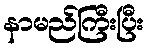
နာမည်ကြီးပြီး